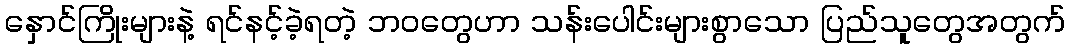
နှောင်ကြိုးများနဲ့ ရင်နင့်ခဲ့ရတဲ့ ဘဝတွေဟာ သန်းပေါင်းများစွာသော ပြည်သူတွေအတွက်